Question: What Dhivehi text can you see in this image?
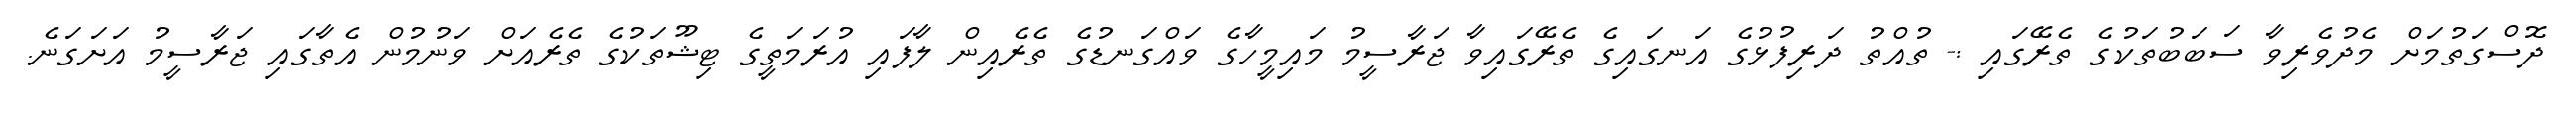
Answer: ދޮސްގަތުމަށް މެދުވެރިވާ ސަބަބުތަކުގެ ތެރޭގައި :- ތުއްތު ދަރިފުޅުގެ އަނގައިގެ ތެރޭގައިވާ ޖަރާސީމު މައިމީހާގެ ވައްގަނޑުގެ ތެރެއިން ލާފައި އުރަމަތީގެ ޓިޝޫތަކުގެ ތެރެއަށް ވަނުމުން އެތާގައި ޖަރާސީމު އަށަގަނެ.